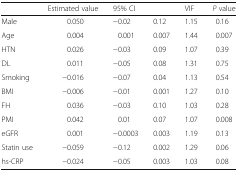
<table><thead><tr><td></td><td><b>Estimated value</b></td><td colspan="2"><b>95% CI</b></td><td><b>VIF</b></td><td><b><i>P</i> value</b></td></tr></thead><tbody><tr><td>Male</td><td>0.050</td><td>−0.02</td><td>0.12</td><td>1.15</td><td>0.16</td></tr><tr><td>Age</td><td>0.004</td><td>0.001</td><td>0.007</td><td>1.44</td><td>0.007</td></tr><tr><td>HTN</td><td>0.026</td><td>−0.03</td><td>0.09</td><td>1.07</td><td>0.39</td></tr><tr><td>DL</td><td>0.011</td><td>−0.05</td><td>0.08</td><td>1.31</td><td>0.75</td></tr><tr><td>Smoking</td><td>−0.016</td><td>−0.07</td><td>0.04</td><td>1.13</td><td>0.54</td></tr><tr><td>BMI</td><td>−0.006</td><td>−0.01</td><td>0.001</td><td>1.27</td><td>0.10</td></tr><tr><td>FH</td><td>0.036</td><td>−0.03</td><td>0.10</td><td>1.03</td><td>0.28</td></tr><tr><td>PMI</td><td>0.042</td><td>0.01</td><td>0.07</td><td>1.07</td><td>0.008</td></tr><tr><td>eGFR</td><td>0.001</td><td>−0.0003</td><td>0.003</td><td>1.19</td><td>0.13</td></tr><tr><td>Statin use</td><td>−0.059</td><td>−0.12</td><td>0.002</td><td>1.29</td><td>0.06</td></tr><tr><td>hs-CRP</td><td>−0.024</td><td>−0.05</td><td>0.003</td><td>1.03</td><td>0.08</td></tr></tbody></table>